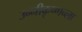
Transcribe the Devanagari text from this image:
उन्नीकृष्णन्ला